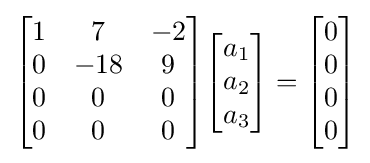
{\begin{bmatrix}1&7&-2\\0&-18&9\\0&0&0\\0&0&0\end{bmatrix}}{\begin{bmatrix}a_{1}\\a_{2}\\a_{3}\end{bmatrix}}={\begin{bmatrix}0\\0\\0\\0\end{bmatrix}}